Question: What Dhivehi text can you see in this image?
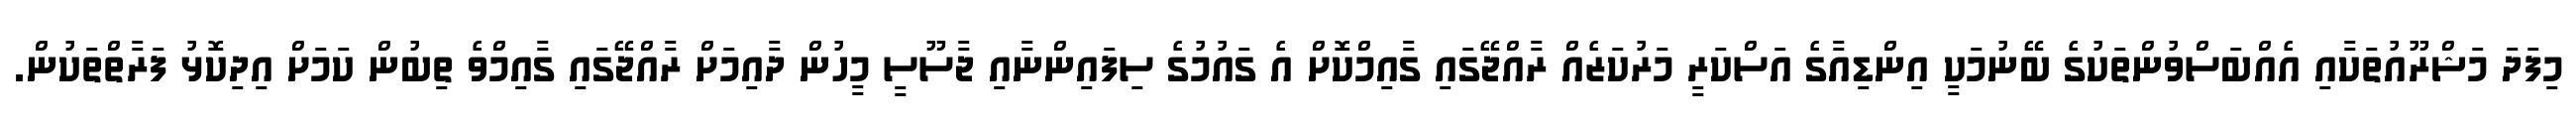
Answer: މިފަދަ މަޝްރޫއުތަކާއި އެއްބަސްވުންތަކުގެ ބޭނުމަކީ އިންޑިއާގެ އަސްކަރީ މަރުކަޒެއް ރާއްޖޭގައި ގާއިމްކޮށް އެ ގައުމުގެ ސިފައިންނާއި ޖާސޫސީ މީހުން ދާއިމަށް ރާއްޖޭގައި ގާއިމްވެ ތިބުން ކަމަށް އިދިކޮޅު ފަރާތްތަކުން.